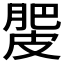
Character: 𰮿